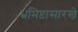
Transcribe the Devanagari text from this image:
भ्रमिष्टासारखे